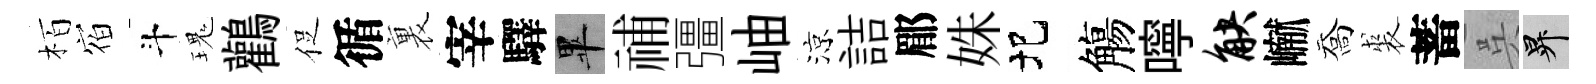
栢𪧐斗瑰鸛促循裏宰驛畢𥙷彊岫涼詰郿姝圯觴嚀觖𪩘喬裘蓄呉升